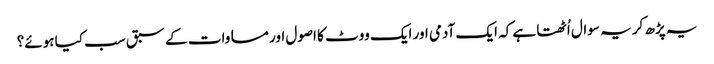
یہ پڑھ کر یہ سوال اُٹھتا ہے کہ ایک آدمی اور ایک ووٹ کا اصول اور مساوات کے سبق سب کیا ہوئے؟